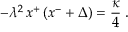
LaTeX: - \lambda ^ { 2 } \, x ^ { + } \left( x ^ { - } + \Delta \right) = { \frac { \kappa } { 4 } } \; .